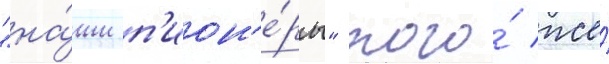
"на́ши п'ион'е́ры" того́ же́